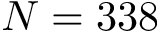
N = 3 3 8